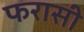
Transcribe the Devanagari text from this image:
फरासी